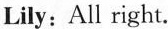
Lily: All right.